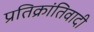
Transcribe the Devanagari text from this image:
प्रतिक्रांतिवादी